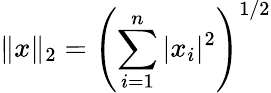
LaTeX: \| x\| _{2}=\left(\sum_{i=1}^{n}|x_{i}|^{2}\right)^{1/2}